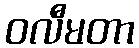
ဝလီမတာ